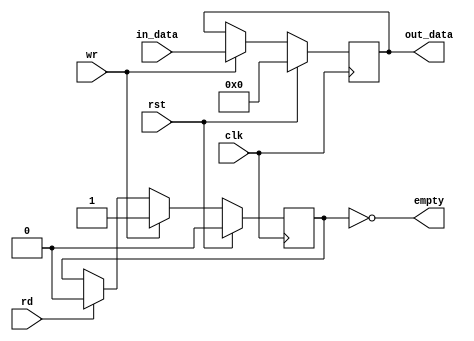
`timescale 1ns / 1ps
//////////////////////////////////////////////////////////////////////////////////
// Company: 
// Engineer: 
// 
// Design Name: 
// Module Name: fifo
// Project Name: 
// Target Devices: 
// Tool Versions: 
// Description: 
// 
// Dependencies: 
// 
// Revision:
// Revision 0.01 - File Created
// Additional Comments:
// 
//////////////////////////////////////////////////////////////////////////////////


module fifo #(
    parameter N_BITS = 8 
   )
   (
        output wire empty,
        output wire [N_BITS-1:0] out_data,
        input wire clk ,rst ,    
        input wire  wr , rd,
        input wire [N_BITS-1:0] in_data
    );
    
    //signal declaration
    reg [N_BITS-1:0] buffer, crnt_buffer;
    reg flag_op_state, new_flag_op_state;
    
    // body
     //FF & register
     always @(posedge clk)
        if(rst)                            //iF RESET -> INITIALIZATION
            begin
                buffer <= 0;                // Empty buffer
                flag_op_state <= 1'b0;      // no signal to Alu
            end
        else
            begin
                buffer <= crnt_buffer;               // Update buffer's content
                flag_op_state <= new_flag_op_state;  // Update buffer's state
            end
     
     //next-state logic
     always @*
        begin
            crnt_buffer = buffer;                 // Load output's values
            new_flag_op_state = flag_op_state;
            
            if (wr)                               // If there's something to be written
                begin
                    crnt_buffer = in_data;         // Send current buffer to exit
                    new_flag_op_state = 1'b1;      // Senf a notification to next module
                end
            else if (rd)                          // If somebody wants to read
                //crnt_buffer = in_data;         // Send current buffer to exit
                new_flag_op_state = 1'b0;        // allow the reading
        end
      
     //output logic
     assign out_data = buffer;
     assign empty = ~flag_op_state;//~
endmodule